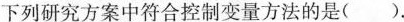
下列研究方案中符合控制变量方法的是( ).